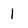
Character: 1